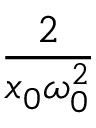
\frac { 2 } { x _ { 0 } \omega _ { 0 } ^ { 2 } }